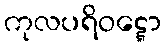
ကုလပရိဝဋ္ဋော